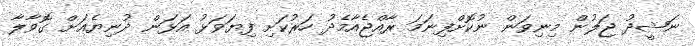
ނަޝީދު ޖަލުން މިނިވަން ނުކޮށްފިނަމަ ރާއްޖެއާމެދު ހަރުކަށި ފިޔަވަޅު އަޅަން ދުނިޔެއަށް ގޮވާލާ